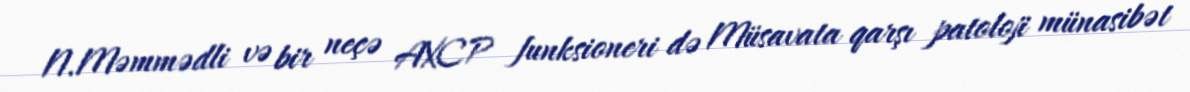
N.Məmmədli və bir neçə AXCP funksioneri də Müsavata qarşı patoloji münasibət